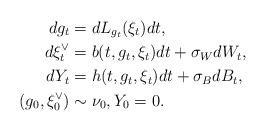
LaTeX: \begin{align*} dg_t &= dL_{g_t}(\xi_{t})dt,\\ d\xi_t^{\vee} &= b(t,g_t,\xi_t) dt + \sigma_W dW_t, \\ dY_t &= h(t,g_t,\xi_t)dt + \sigma_B dB_t, \\ (g_0,\xi_0^{\vee}) &\sim \nu_0, Y_0 = 0. \end{align*}